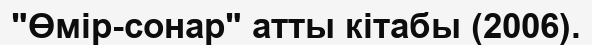
"Өмір-сонар" атты кітабы (2006).